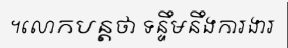
។លោកបន្តថា ទន្ទឹមនឹងការងារ